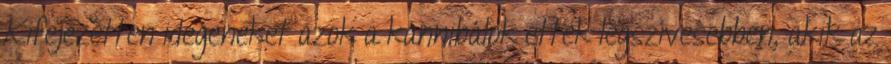
Kifejezetten idegeneket azok a kannibálok ettek legszívesebben, akik az